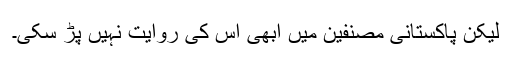
لیکن پاکستانی مصنفین میں ابھی اس کی روایت نہیں پڑ سکی۔